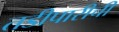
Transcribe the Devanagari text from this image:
तडीपारीची